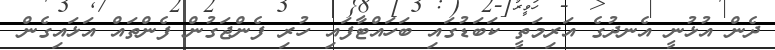
ދެން އުޅުނީ އެނދުގެ އަރިމަތީ ކަބަޑުގައި ބަހައްޓާފައި ހުރި ފެންޖަގުން ފެންތައް އަޅައިގެން